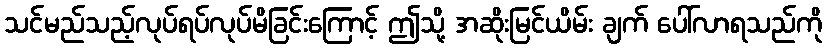
သင်မည်သည့်လုပ်ရပ်လုပ်မိခြင်းကြောင့် ဤသို့ အဆိုးမြင်ယိမ်း ချက် ပေါ်လာရသည်ကို